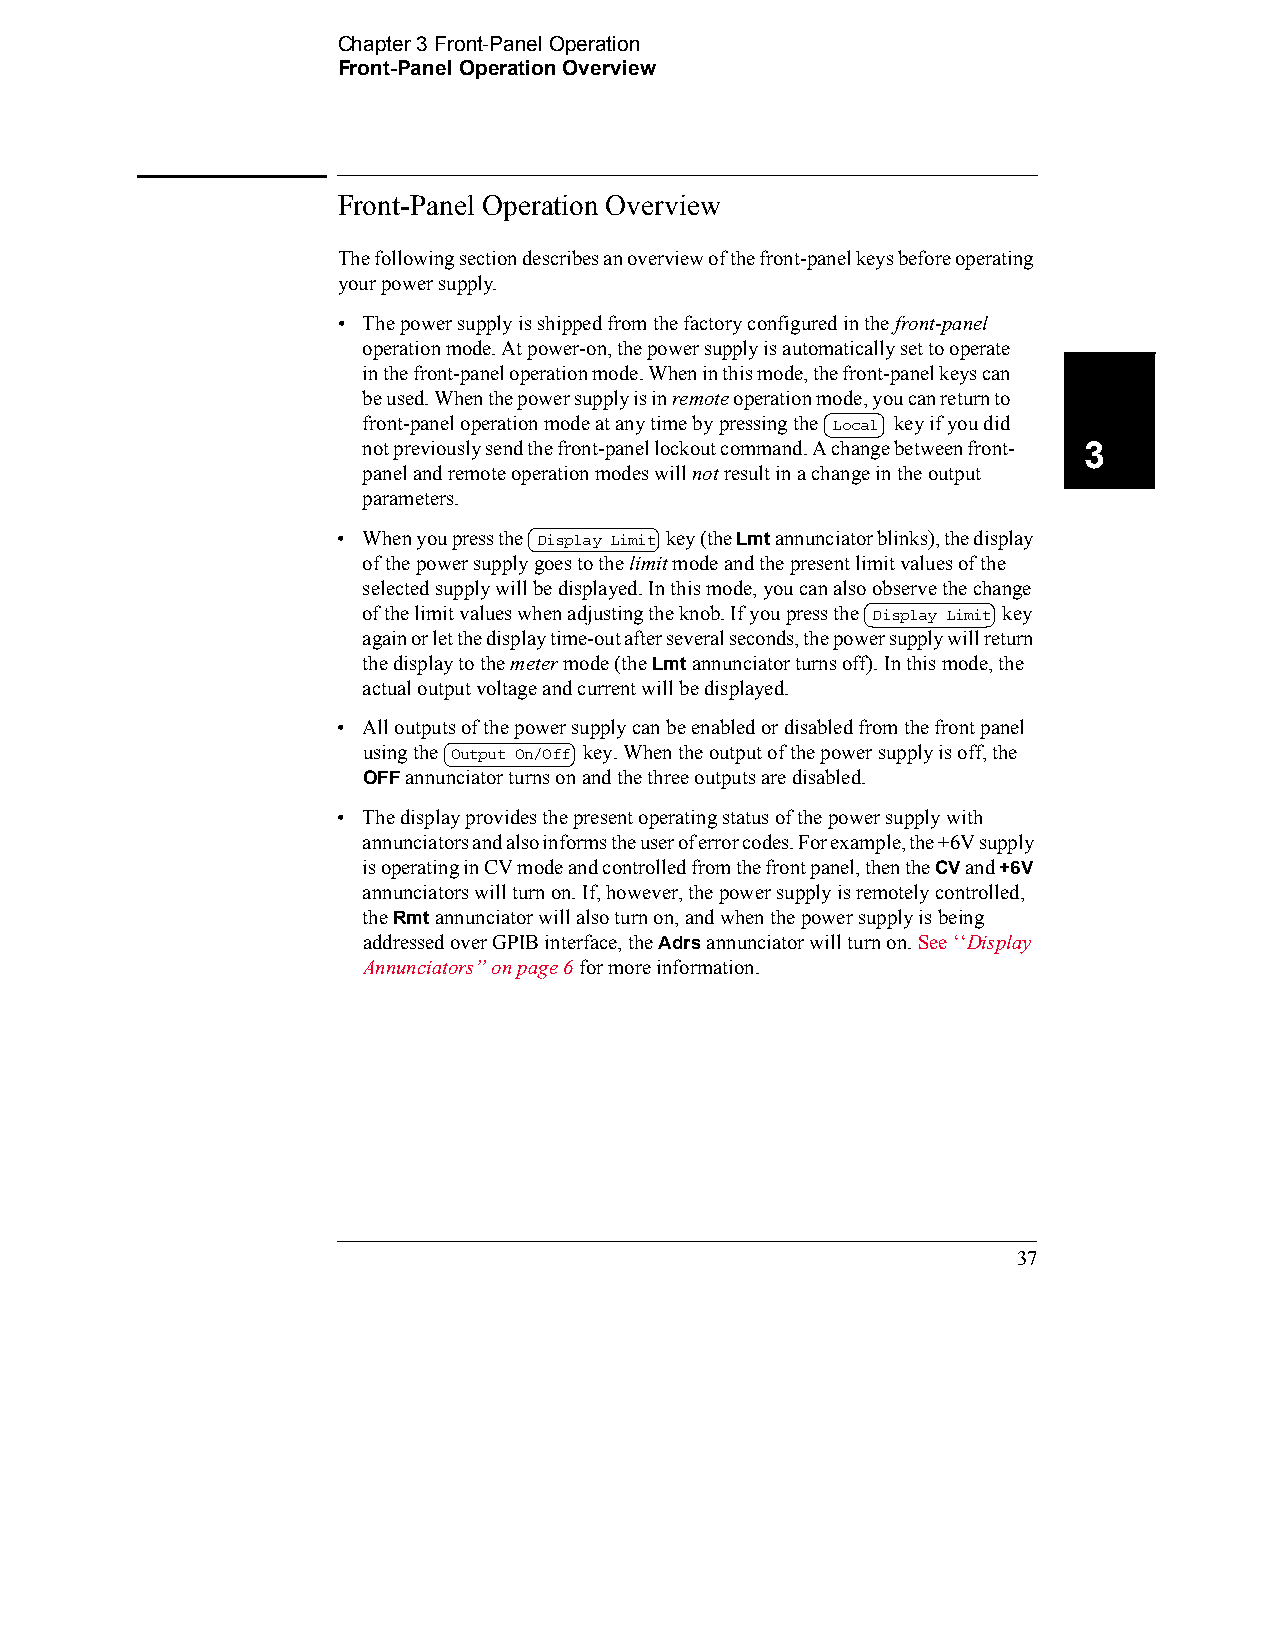
Chapter 3 Front-Panel Operation
 Front-Panel Operation Overview
 Front-Panel Operation Overview
 The following section describes an overview of the front-panel keys before operating
 your power supply.
 • The power supply is shipped from the factory configured in the front-panel
 operation mode. At power-on, the power supply is automatically set to operate
 in the front-panel operation mode. When in this mode, the front-panel keys can
 be used. When the power supply is in remote operation mode, you can return to
 front-panel operation mode at any time by pressing the Local key if you did
 not previously send the front-panel lockout command. A change between front- 3
 panel and remote operation modes will not result in a change in the output
 parameters.
 • When you press the Display Limit key (the Lmt annunciator blinks), the display
 of the power supply goes to the limit mode and the present limit values of the
 selected supply will be displayed. In this mode, you can also observe the change
 of the limit values when adjusting the knob. If you press the Display Limit key
 again or let the display time-out after several seconds, the power supply will return
 the display to the meter mode (the Lmt annunciator turns off). In this mode, the
 actual output voltage and current will be displayed.
 • All outputs of the power supply can be enabled or disabled from the front panel
 using the Output On/Off key. When the output of the power supply is off, the
 OFF annunciator turns on and the three outputs are disabled.
 • The display provides the present operating status of the power supply with
 annunciators and also informs the user of error codes. For example, the +6V supply
 is operating in CV mode and controlled from the front panel, then the CV and +6V
 annunciators will turn on. If, however, the power supply is remotely controlled,
 the Rmt annunciator will also turn on, and when the power supply is being
 addressed over GPIB interface, the Adrs annunciator will turn on. See ‘‘Display
 Annunciators’’ on page 6 for more information.
 37